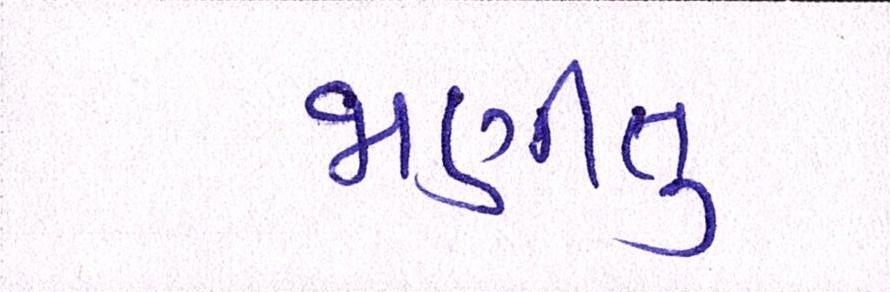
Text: જાણીતુ